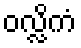
ဝလ္လိကံ